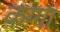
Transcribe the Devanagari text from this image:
कग्गा